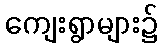
ကျေးရွာများ၌